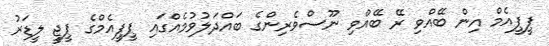
ޕީޕީއެމް އިން ބޭއްވި ރޭ ބޭއްވި ނޫސްވެރިންގެ ބައްދަލުވުމެއްގައި ޕީޕީއެމްގެ ޕީޖީ ލީޑަރު